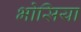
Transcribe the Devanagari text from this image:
भोसिया